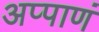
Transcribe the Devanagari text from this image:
अप्पाणं